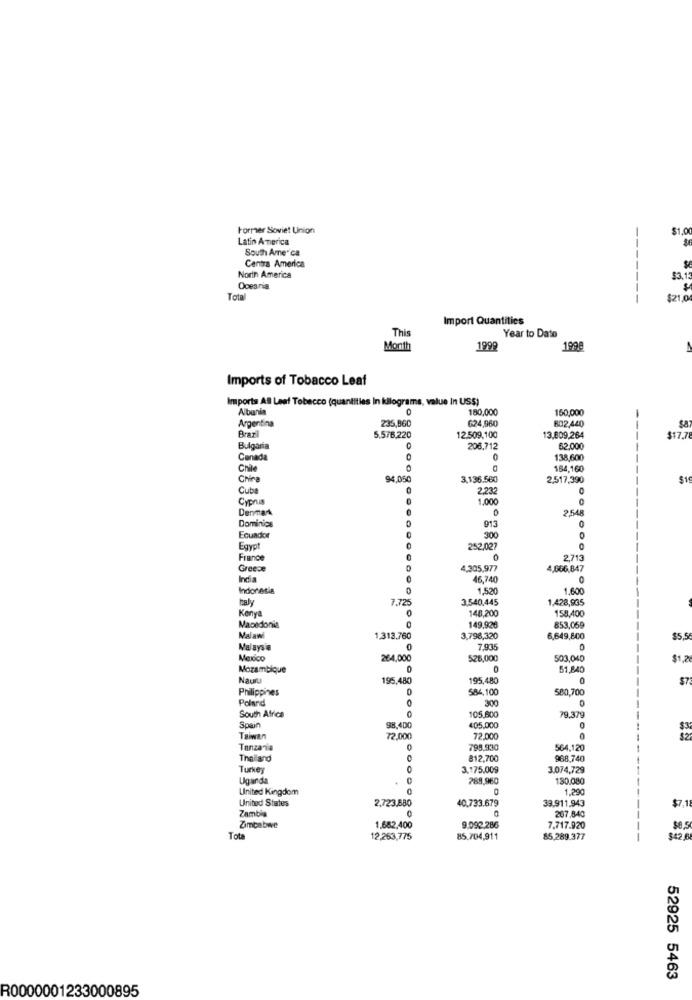
Former Soviet Union
$1,0
Latin America
South Ame" ca
Centra America
North America
-----
53.
Ocesria
Total
$21.0
Import Quantities
Year to Date
This
Month
1999
1998
Imports of Tobacco Leaf
Imports All Leef Tobacco (quantities In kilograms, value In US$)
Albania
0
180,000
150,000
Argentina
624,960
802,440
Brar
235,860
5.5/6,220
12.509,100
13,809,264
$17.7
Bulgaria
206,712
62.000
Canada
138,600
Chile
164,160
China
94,050
3,136.560
2,517,390
Cub
2.232
0
Cyprus
1.000
0
Denmax
2.548
Dominios
913
0
Ecuador
900
Egypt
252.027
France
0
2,713
Greece
4.305,977
4,606,847
India
16,740
Indonesia
1.520
1.600
7.725
3.540,445
1,428,935
0
148,200
158,400
Kenya
Macedonia
149.926
853,059
Malawi
1.313.760
3,798,320
6,649,8co
$5,5
Malaysia
7.935
Mexico
264,000
526,000
503.040
$1,2
Mozambique
0
0
51.840
Naun
195,480
195,480
0
$7
Philippines
584,100
580,700
Poland
0
300
South Africa
79.379
105,600
Spain
98.400
405.000
0
Taiwan
72,000
72.000
0
Tanzania
795.930
564.120
Thailand
C
812,700
968,740
Turkey
0
3.175.009
3.074,729
---
Uganda
0
289,960
130.080
United Kingdom
1.290
--
United States
2,723,880
39.911.943
Zambia
40,733.679
$7.
207,840
Zimbabwe
1.682.400
9.092.286
7.717.920
$0,5
Tota
12,263,775
85.704,911
85,289.377
$42
52925 5463
R0000001233000895